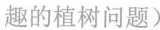
趣的植树问题)